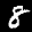
Label: 8